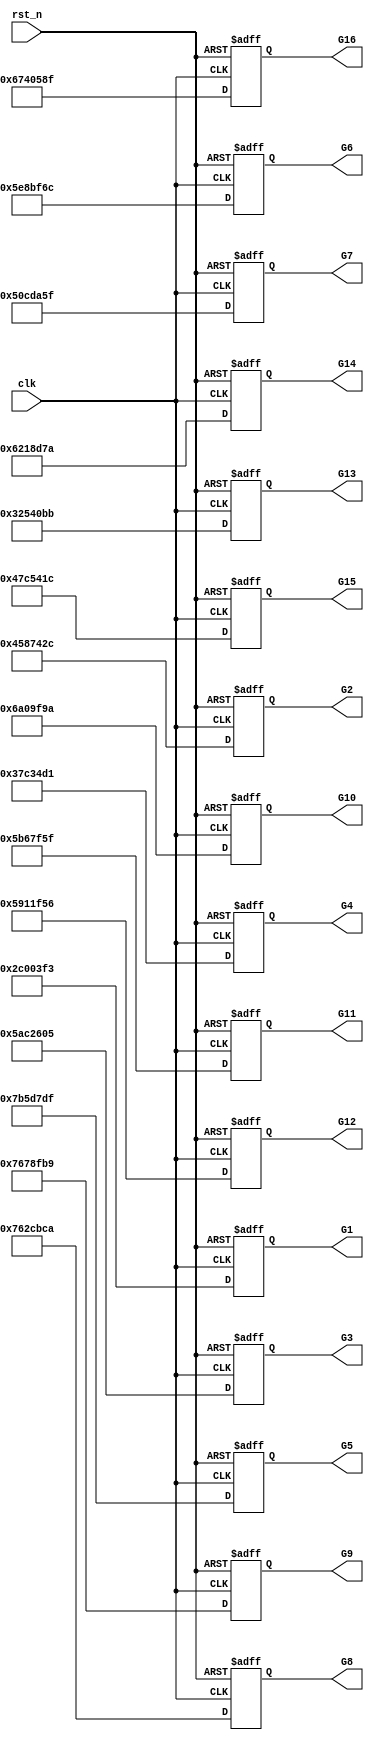
module G_matrix(  
		input 				clk,
		input				 rst_n,
		output wire [26:0] G1,//G 8913 G0
		output wire [26:0] G2,
		output wire [26:0] G3,
		output wire [26:0] G4,
		output wire [26:0] G5,
		output wire [26:0] G6,
		output wire [26:0] G7,
		output wire [26:0] G8,
		output wire [26:0] G9,
		output wire [26:0] G10,
		output wire [26:0] G11,
		output wire [26:0] G12,
		output wire [26:0] G13,
		output wire [26:0] G14,
		output wire [26:0] G15,
		output wire [26:0] G16
	);
	
reg [26:0] G1_r;
reg [26:0] G2_r;
reg [26:0] G3_r;
reg [26:0] G4_r;	
reg [26:0] G5_r;
reg [26:0] G6_r;
reg [26:0] G7_r;
reg [26:0] G8_r;	
reg [26:0] G9_r;
reg [26:0] G10_r;
reg [26:0] G11_r;
reg [26:0] G12_r;	
reg [26:0] G13_r;
reg [26:0] G14_r;
reg [26:0] G15_r;
reg [26:0] G16_r;		

assign G1=G1_r;
assign G2=G2_r;
assign G3=G3_r;
assign G4=G4_r;
assign G5=G5_r;
assign G6=G6_r;
assign G7=G7_r;
assign G8=G8_r;
assign G9=G9_r;
assign G10=G10_r;
assign G11=G11_r;
assign G12=G12_r;
assign G13=G13_r;
assign G14=G14_r;
assign G15=G15_r;
assign G16=G16_r;

//assign  G1_r={8'b0,8'b0,8'b0,8'b0,8'b0,8'b0,8'b0,8'b0,8'b0,8'b0,8'b0,8'b0,8'b0,8'b0,8'b0,8'b0,8'b0,8'b0,8'b0,8'b0,8'b0,8'b0,8'b0,8'b0,8'b0,8'b0,8'b0,8'b0,8'b0,8'b0,8'b0,8'b0};
//assign  G2_r={8'b0,8'b0,8'b0,8'b0,8'b0,8'b0,8'b0,8'b0,8'b0,8'b0,8'b0,8'b0,8'b0,8'b0,8'b0,8'b0,8'b0,8'b0,8'b0,8'b0,8'b0,8'b0,8'b0,8'b0,8'b0,8'b0,8'b0,8'b0,8'b0,8'b0,8'b0,8'b0};
//assign  G3_r={8'b0,8'b0,8'b0,8'b0,8'b0,8'b0,8'b0,8'b0,8'b0,8'b0,8'b0,8'b0,8'b0,8'b0,8'b0,8'b0,8'b0,8'b0,8'b0,8'b0,8'b0,8'b0,8'b0,8'b0,8'b0,8'b0,8'b0,8'b0,8'b0,8'b0,8'b0,8'b0};
//assign  G4_r={8'b0,8'b0,8'b0,8'b0,8'b0,8'b0,8'b0,8'b0,8'b0,8'b0,8'b0,8'b0,8'b0,8'b0,8'b0,8'b0,8'b0,8'b0,8'b0,8'b0,8'b0,8'b0,8'b0,8'b0,8'b0,8'b0,8'b0,8'b0,8'b0,8'b0,8'b0,8'b0};

always@(posedge clk or negedge rst_n)begin
	if(!rst_n)begin
		G1_r<=0;
		G2_r<=0;
		G3_r<=0;
		G4_r<=0;
		G5_r<=0;
		G6_r<=0;
		G7_r<=0;
		G8_r<=0;
		G9_r<=0;
		G10_r<=0;
		G11_r<=0;
		G12_r<=0;
		G13_r<=0;
		G14_r<=0;
		G15_r<=0;
		G16_r<=0;
		
	end
	else begin
        /*    G1_r<={9'd334,9'd509,9'd11};
            G2_r<={9'd232,9'd452,9'd466};
            G3_r<={9'd147,9'd491,9'd505};
            G4_r<={9'd287,9'd484,9'd301};
	    G5_r<={9'd17,9'd275,9'd31};
            G6_r<={9'd132,9'd415,9'd146};
            G7_r<={9'd187,9'd401,9'd415};
            G8_r<={9'd38,9'd153,9'd52};
	    G9_r<={9'd37,9'd55,9'd69};
            G10_r<={9'd86,9'd431,9'd100};
            G11_r<={9'd145,9'd191,9'd159};
            G12_r<={9'd154,9'd367,9'd168};//123+480
	    G13_r<={9'd309,9'd350,9'd323};
            G14_r<={9'd118,9'd312,9'd132};
            G15_r<={9'd223,9'd468,9'd482};
            G16_r<={9'd97,9'd508,9'd111};*/

	    G1_r<={9'd176,9'd1,9'd499};
            G2_r<={9'd278,9'd58,9'd44};

            G3_r<={9'd363,9'd19,9'd5};

            G4_r<={9'd223,9'd26,9'd209};

	    G5_r<={9'd493,9'd235,9'd479};

            G6_r<={9'd378,9'd95,9'd364};

            G7_r<={9'd323,9'd109,9'd95};

            G8_r<={9'd472,9'd357,9'd458};

	    G9_r<={9'd473,9'd455,9'd441};

            G10_r<={9'd424,9'd79,9'd410};

            G11_r<={9'd365,9'd319,9'd351};

            G12_r<={9'd356,9'd143,9'd342};//342

	    G13_r<={9'd201,9'd160,9'd187};

            G14_r<={9'd392,9'd198,9'd378};

            G15_r<={9'd287,9'd42,9'd28};

            G16_r<={9'd413,9'd2,9'd399};

        end
end
endmodule